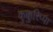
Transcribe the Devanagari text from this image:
कुक्कुरिप्पा